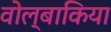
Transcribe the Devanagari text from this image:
वोल्बाकिया